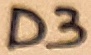
Text: D3